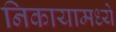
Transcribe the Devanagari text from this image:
निकायामध्ये